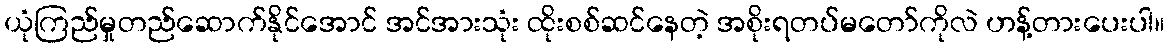
ယုံကြည်မှုတည်ဆောက်နိုင်အောင် အင်အားသုံး ထိုးစစ်ဆင်နေတဲ့ အစိုးရတပ်မတော်ကိုလဲ ဟန့်တားပေးပါ။